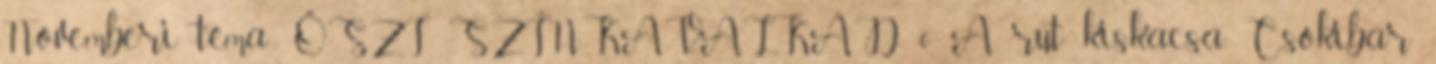
Novemberi téma: ŐSZI SZÍNKAVALKÁD 0 A rút kiskacsa Csokibár